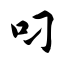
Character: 叼